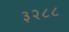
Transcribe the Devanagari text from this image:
३२८८